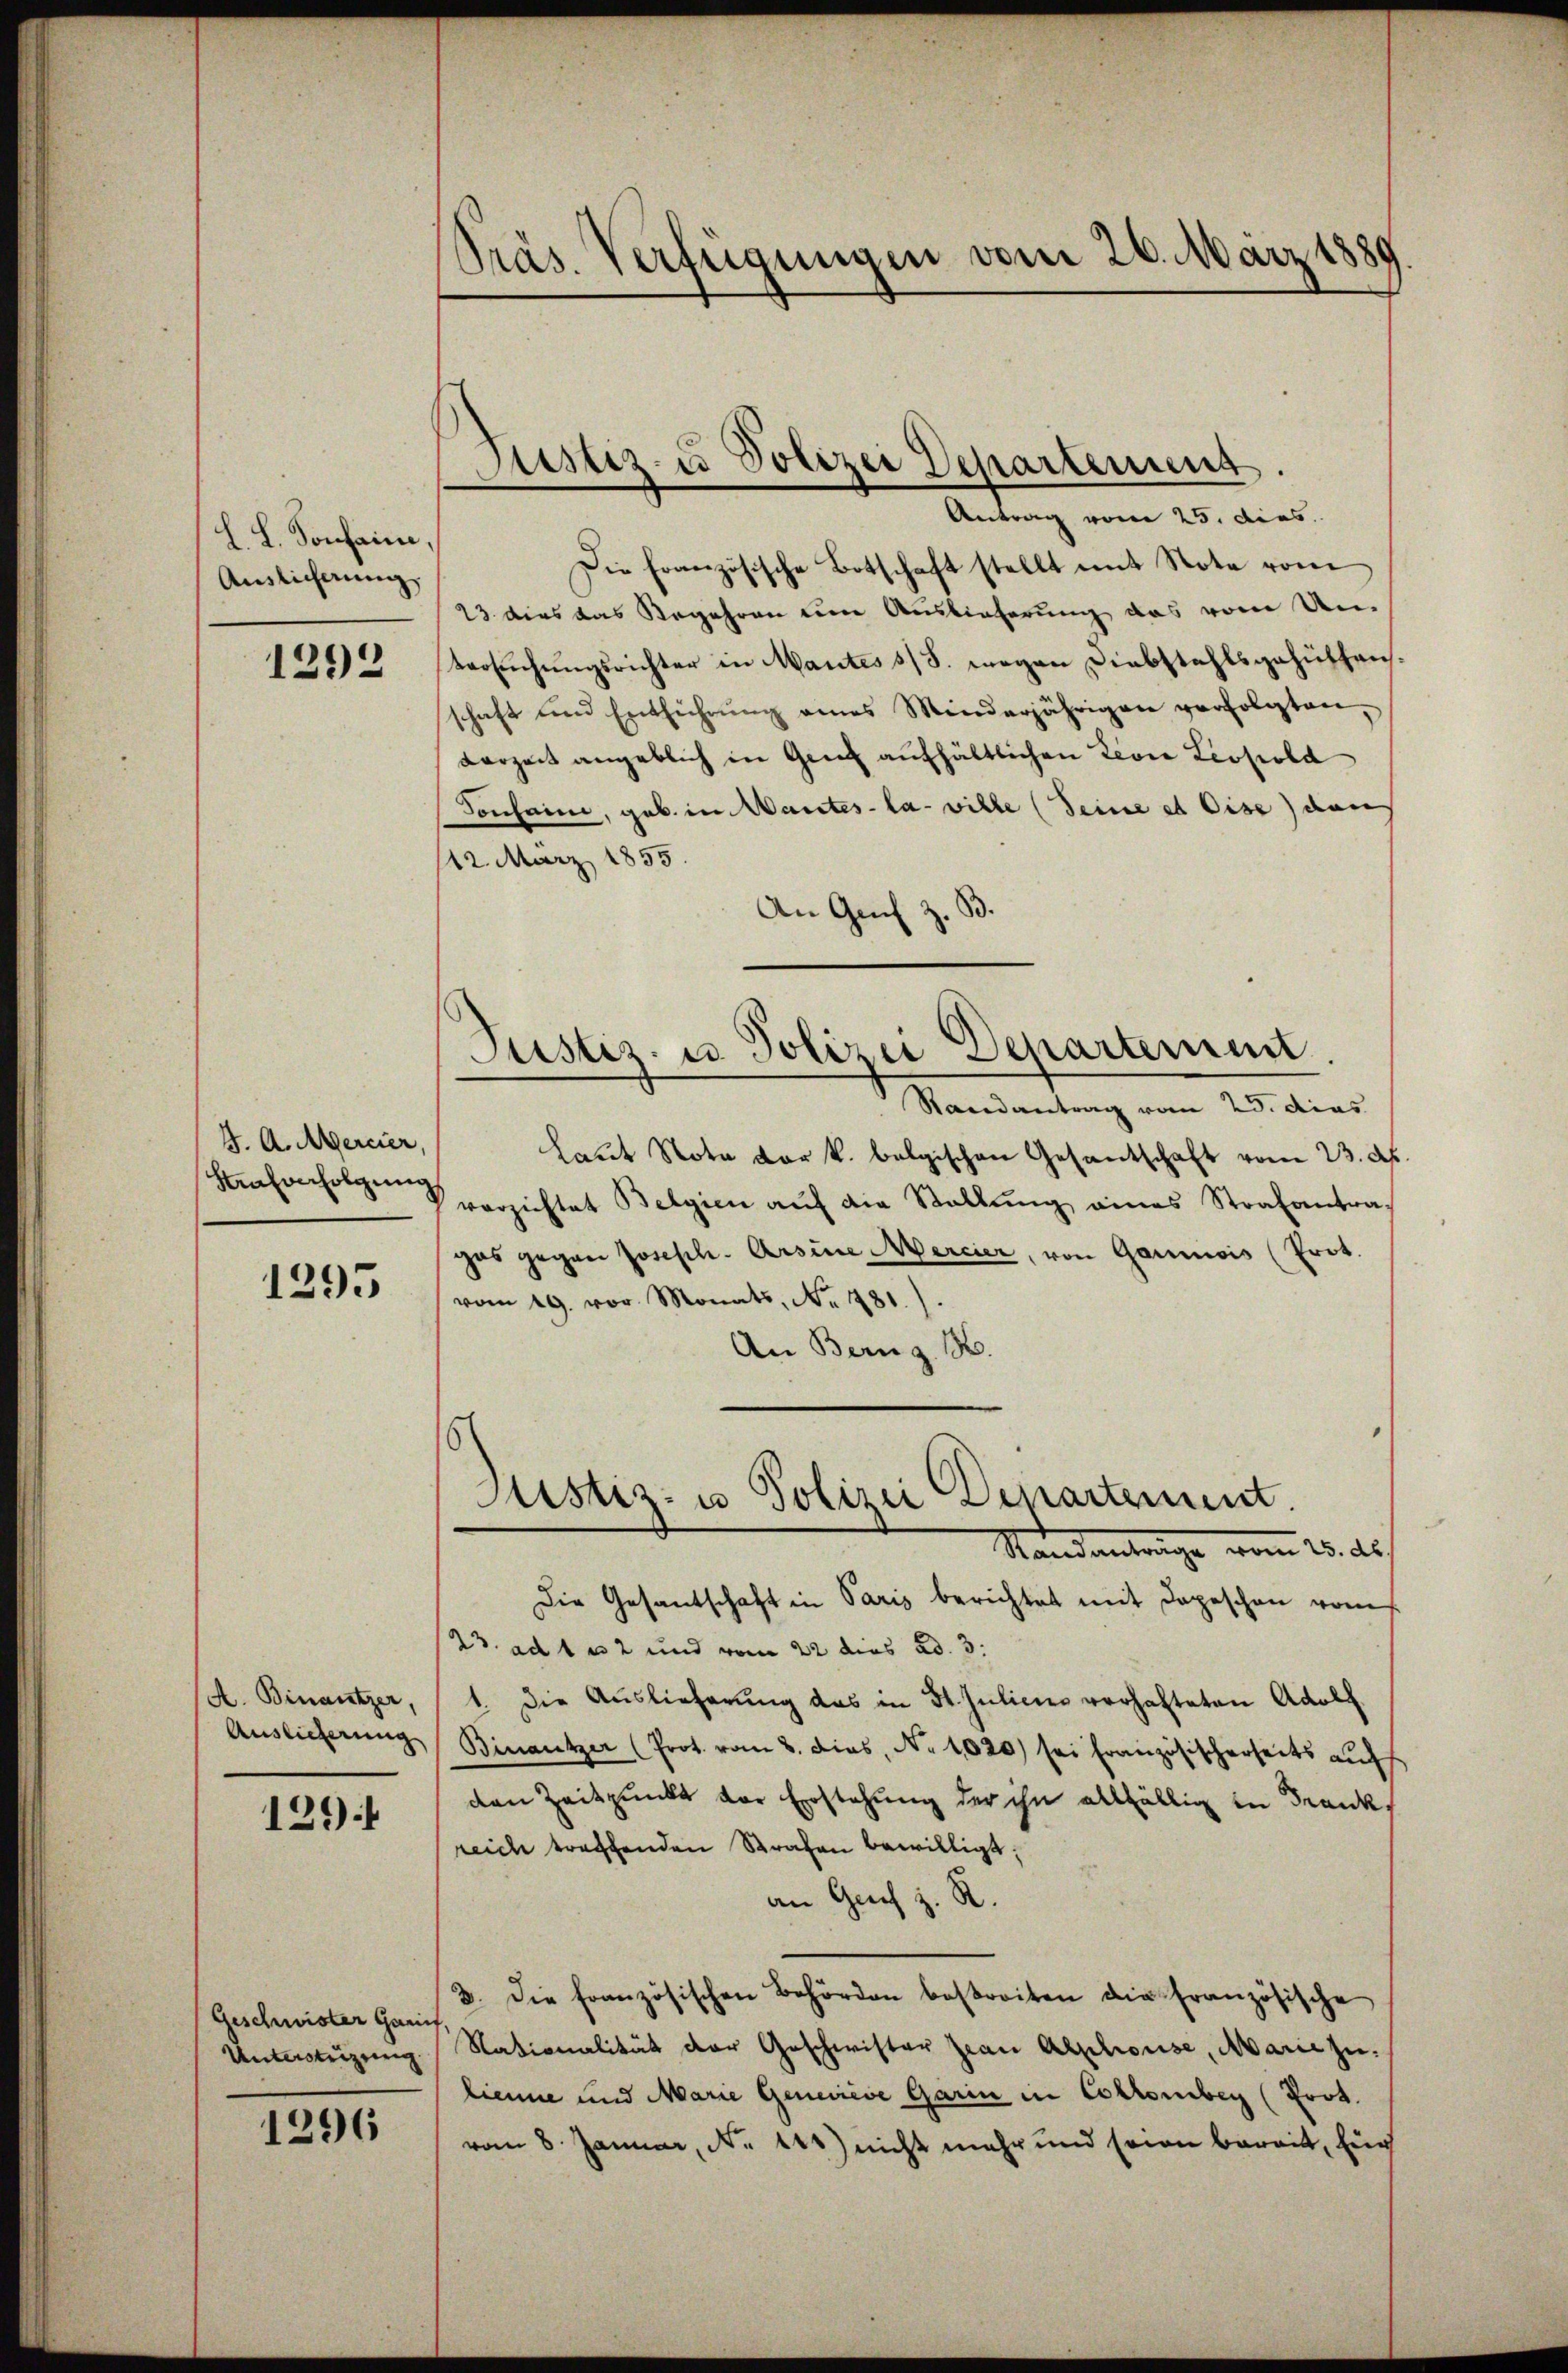
L. L. Sonhain,
Auslicherung

1293

W. A. Mercier,
Henkonfolgung

1295

A. Binautzer,
Auslieferung

129)

(Geschwister Garn
Untertrizung.

1296

Präs. Verfügungen vom 26. März 1889

Justiz- u Polizei Departement

Antrag vom 25. dies
Die Französische Botschaft stellt mit Note vom
23. dies das Begehren eine Auslieferung das vom Un-
tersuchungsrichter in Mantes s/S. wegen Diebstahlsgehülfens.
schaft und Entführŭng eines Minderjährigen verfolgten,
Kerzeit angeblich in Genf aufhältlichen Leon Leopold
Tonhaine, geb. in Mantes la ville (Seine et Cise) dann
12. März 1855
An Grif z. B.

Justiz- u. Polizei Departement.

Justiz- u Polizei Departement
Standantrage vom 15. ds

Randantrag vom 25. dies
Laŭt Note der k. belgischen Gesandschaft vom 23. d.
verzichtet Belgien aŭf die Stallŭng eines Strafantra-
gas gegen Joseph-Arsine Mercier, von Garnois (Prot.
vom 19. vor. Monats, No 781.)
An Bern z. B.
Die Gesantschaft in Paris berichtet mit Depeschen vom
23. ad 1 u 2 und vom 22 dies ad. 3.
1. Die Auslieferung das in St. Juliens verhalteten Adolf
Binantzer (Prot. vom 3. dies, No 1020) sei französischerseits aŭf
den Zeitpunkt vor Erstehung der ihn allfällig in Frank,
reich treffenden Strafen bewilligt;
an Geich z. R.
3. Die französischen Behörden bestreiten die französische
Nationalität der Geschwister Zwar Alphouse, Marie zulienne und Marie Geneinese Garin in Collomber (Prot.
vom 8. Januar, No. 112) nicht mehr und seien bereit, für